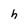
Character: h